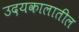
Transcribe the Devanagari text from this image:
उदयकालातील